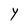
Character: Y